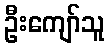
ဦးကျော်သူ